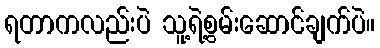
ရတာကလည်းပဲ သူ့ရဲ့စွမ်းဆောင်ချက်ပဲ။